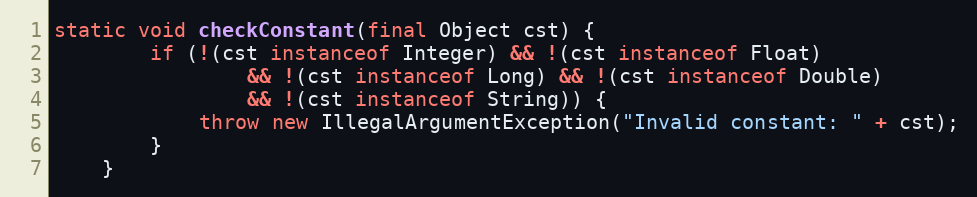
Language: Java
static void checkConstant(final Object cst) {
        if (!(cst instanceof Integer) && !(cst instanceof Float)
                && !(cst instanceof Long) && !(cst instanceof Double)
                && !(cst instanceof String)) {
            throw new IllegalArgumentException("Invalid constant: " + cst);
        }
    }